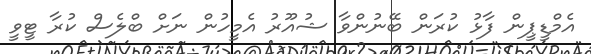
އެމްޑީޕީން ފާޅު ކުރަން ބޭނުންވާ ޝުއޫރު އެމީހުން ނަށް ބްލެސް ކުރާ ޓީވީ